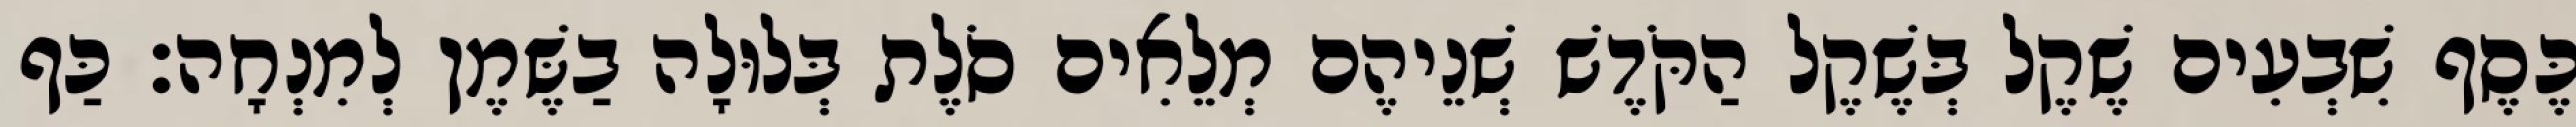
כֶּסֶף שִׁבְעִים שֶׁקֶל בְּשֶׁקֶל הַקֹּדֶשׁ שְׁנֵיהֶם מְלֵאִים סֹלֶת בְּלוּלָה בַשֶּׁמֶן לְמִנְחָה׃ כַּף